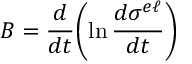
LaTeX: B = \frac { d } { d t } \biggl ( \ln \frac { d \sigma ^ { e \ell } } { d t } \biggr )